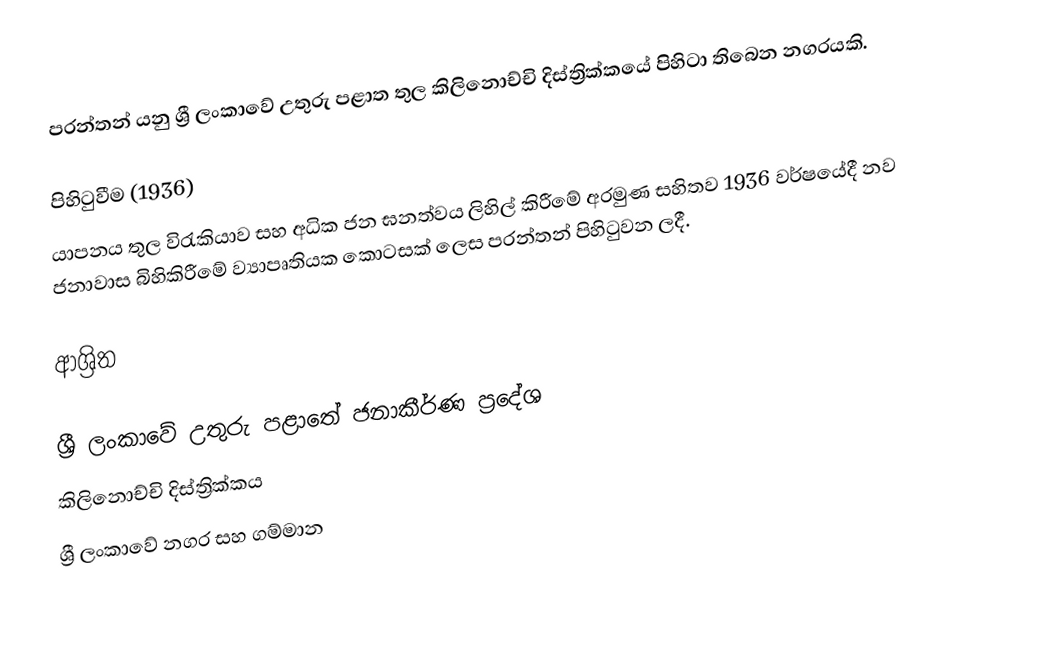
පරන්තන් යනු ශ්‍රී ලංකාවේ උතුරු පළාත තුල කිලිනොච්චි දිස්ත්‍රික්කයේ පිහිටා තිබෙන නගරයකි.

පිහිටුවීම (1936)
යාපනය තුල විරැකියාව සහ අධික ජන ඝනත්වය ලිහිල් කිරීමේ අරමුණ සහිතව 1936 වර්ෂයේදී නව ජනාවාස බිහිකිරීමේ ව්‍යාපෘතියක කොටසක් ලෙස පරන්තන් පිහිටුවන ලදී.

ආශ්‍රිත

ශ්‍රී ලංකාවේ උතුරු පළාතේ ජනාකීර්ණ ප්‍රදේශ
කිලිනොච්චි දිස්ත්‍රික්කය
ශ්‍රී ලංකාවේ නගර සහ ගම්මාන